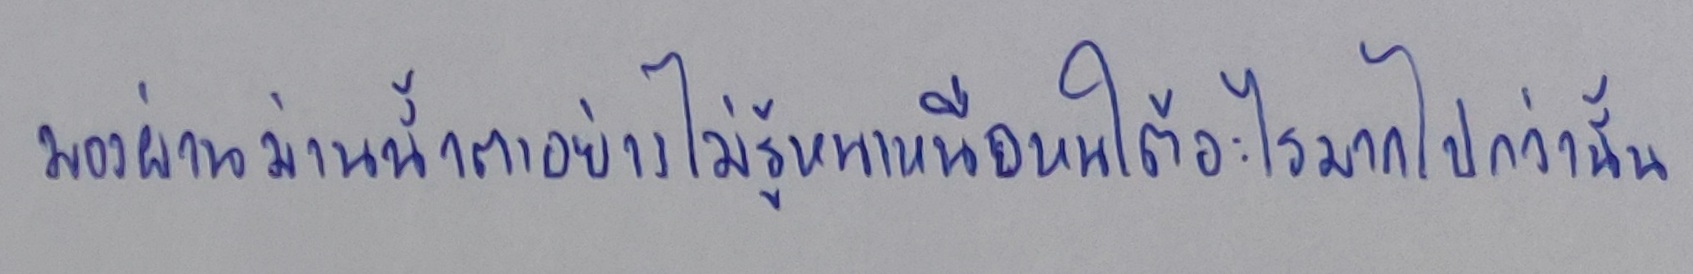
มองฝ่าม่านน้ำตาอย่างไม่รู้หนเหนือหนใต้อะไรมากไปกว่านั้น